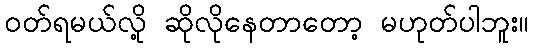
ဝတ်ရမယ်လို့ ဆိုလိုနေတာတော့ မဟုတ်ပါဘူး။